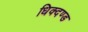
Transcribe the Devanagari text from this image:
धिक्दण्ड